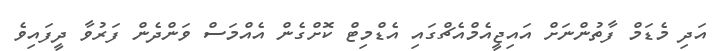
އަދި މެޑަމް ފާތުންނަށް އައިޖީއެމްއެޗްގައި އެޑްމިޓް ކޮށްގެން އެއްމަސް ވަންދެން ފަރުވާ ދީފައިވެ